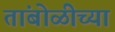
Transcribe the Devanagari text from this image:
तांबोळीच्या